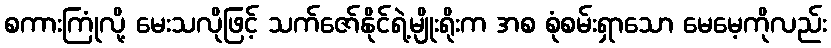
စကားကြုံလို့ မေးသလိုဖြင့် သက်ဇော်နိုင်ရဲ့မျိုးရိုးက အစ စုံစမ်းရှာသော မေမေ့ကိုလည်း